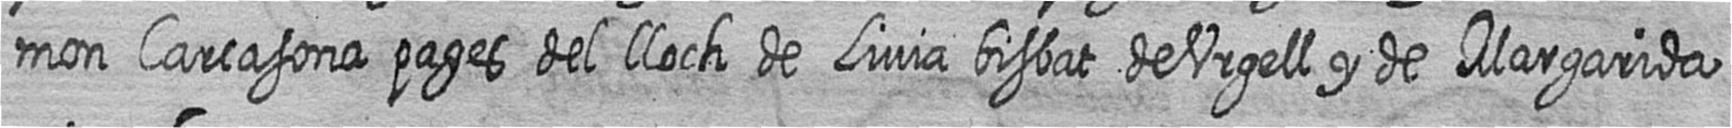
mon Carcasona pages del lloch de Livia bisbat de Urgell y de Margarida